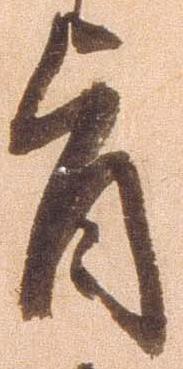
旨